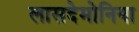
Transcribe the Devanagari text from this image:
लासदेमोनिया